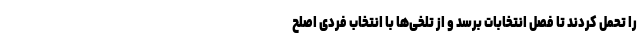
را تحمل کردند تا فصل انتخابات برسد و از تلخی‌ها با انتخاب فردی اصلح